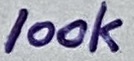
Text: 100k